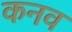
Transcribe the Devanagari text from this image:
कनव